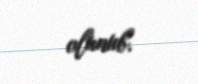
olunub.